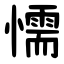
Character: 懦